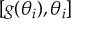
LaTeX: [ g ( \theta _ { i } ) , \theta _ { i } ]